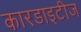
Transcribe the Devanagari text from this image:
कारडाइटीज